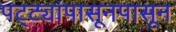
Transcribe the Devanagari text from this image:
पट्ट्यांपासूनपासून